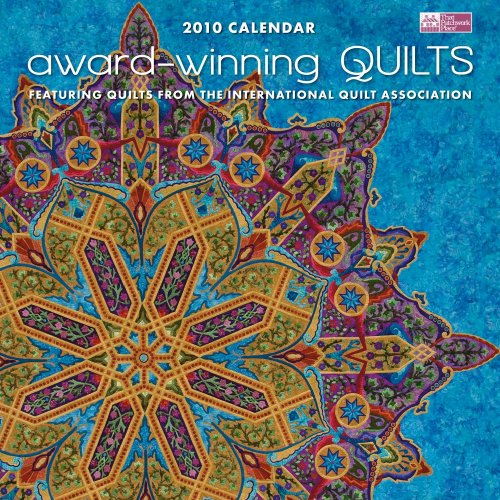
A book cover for Award-Winning Quilts Calendar: Featuring Quilts from the International Quilt Association; Calendars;